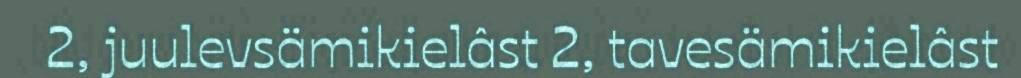
2, juulevsämikielâst 2, tavesämikielâst